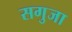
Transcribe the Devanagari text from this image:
सगुजा